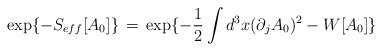
LaTeX: \begin{align*}\exp\{-S_{eff}[A_0]\}\,=\,\exp \{-\frac{1}{2} \int d^3x (\partial_jA_0)^2- W[A_0]\}\end{align*}